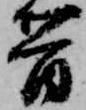
昔